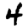
Digit: 4